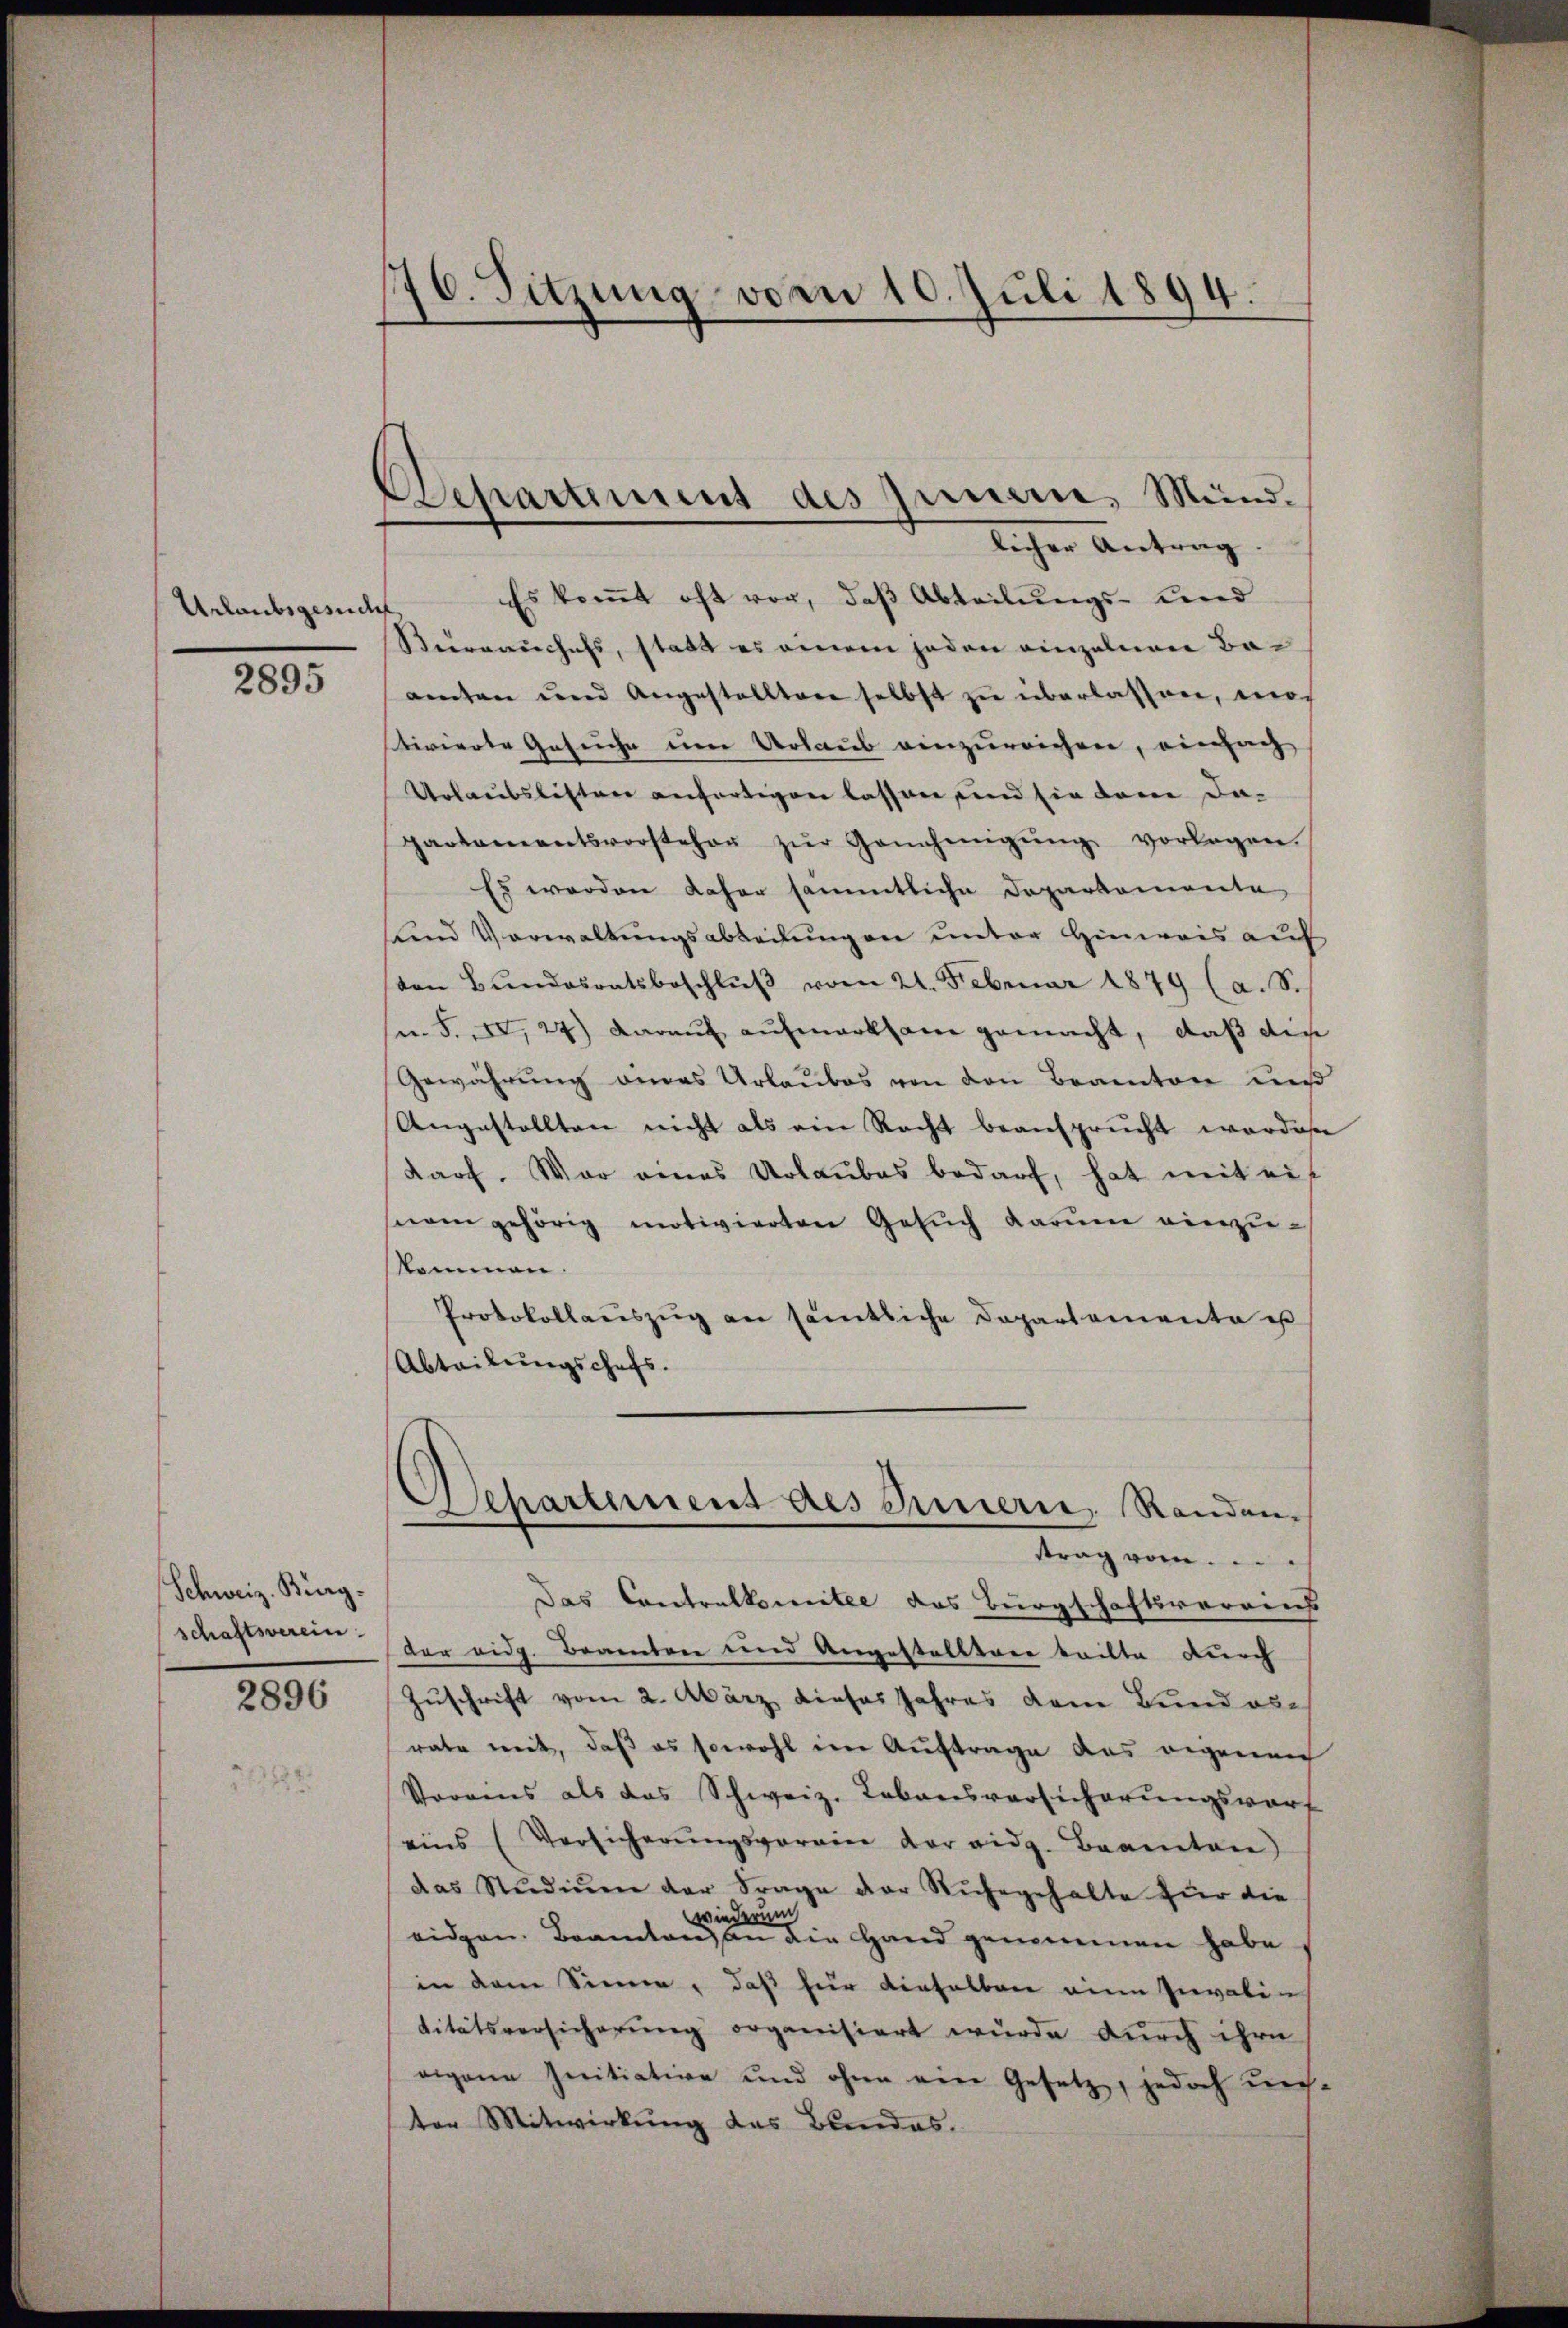
Urlaubsgesucht

2895

Schweiz. Burg.
schaftsverein.

2896

76. Sitzung vom 10. Juli 1894.

Departemens des Innern, Mund.
licher Antrag.

Es kommt oft vor, daß Abteilungs- und
Berrauchefs, statt es einem jeden einzelnen Beamten und Angestellten selbst zŭ überlassen, mos
tivierte Gesuche um Urlaub einzureichen, einfach
Urlaubslisten anfertigen lassen und sie dem dapartamentsvorsteher zŭr Genehmigŭng vorlagen.
Es werden daher sämmtliche Departemente
und Verwaltungsabteilungen unter Hinweis auf
von Bŭndesratsbeschlŭβ vom 21. Februar 1879 (a. S.
se. S. II, 24) daraŭf aŭfmerksam gemacht, daß die
Gewährung eines Urlaubes von den Beamten uns
Angestellten nicht als ein Recht beansprucht worden
darf. War eines Urlaubes bedarf, hat mit eisieren gehörig motivierten Gesŭch darine vierzu-
skommen
Protokollaŭszŭg an sämtliche Departemente ist
Abteilungschafs.
e
Departement des Innern, Randen-
strag vom....
Das Contralkomitee des Bürgschaftsvereins
der eidg. Beamten und Angestalltare teilte durch
Zuschrift vom 2. März dieses Jahres dem Bund es
rate mit, daß es sowohl im Auftrage das eigenen
Vorgens als das Schweiz. Lebensversicherungsworf
eins (Versicherŭngsverein der eidg. Beamten)
das Stŭdiŭm der Frage der Ruhegehalte für die
mi
wiede
eidgen. Beamten an die Hand genommen habe.
in dem Sinnen, daß für dieselben eine Invalin
titätsversicherung organisiert wurde durch ihre
eigene Initiation und ohne eine Gesetz, jedoch ver-
ter Mitwirkung das Bundes.